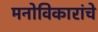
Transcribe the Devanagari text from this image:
मनोविकारांचे